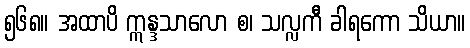
၅၆၈။ အထာပိ ဣန္ဒသာလော စ၊ သလ္လကီ ခါရကော သိယာ။